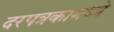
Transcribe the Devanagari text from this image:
दरपत्रकामध्ये